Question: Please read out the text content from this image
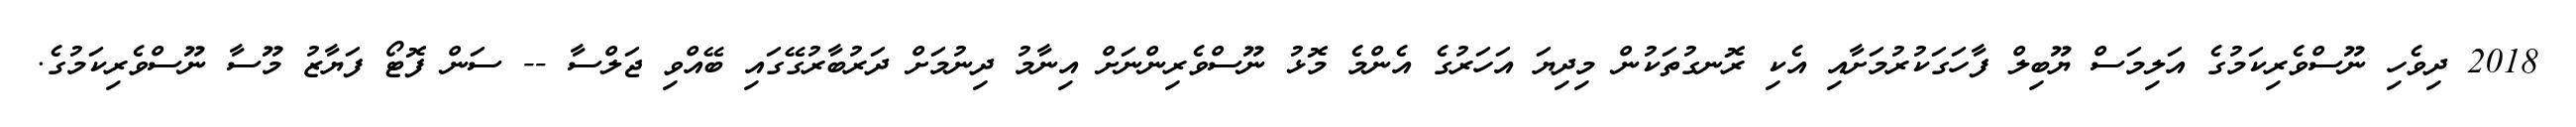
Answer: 2018 ދިވެހި ނޫސްވެރިކަމުގެ އަލިމަސް ޔޫބިލް ފާހަގަކުރުމަށާއި އެކި ރޮނގުތަކުން މިދިޔަ އަހަރުގެ އެންމެ މޮޅު ނޫސްވެރިންނަށް އިނާމު ދިނުމަށް ދަރުބާރުގޭގައި ބޭއްވި ޖަލްސާ -- ސަން ފޮޓޯ ފަޔާޒު މޫސާ ނޫސްވެރިކަމުގެ.